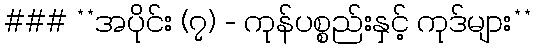
### **အပိုင်း (၇) - ကုန်ပစ္စည်းနှင့် ကုဒ်များ**